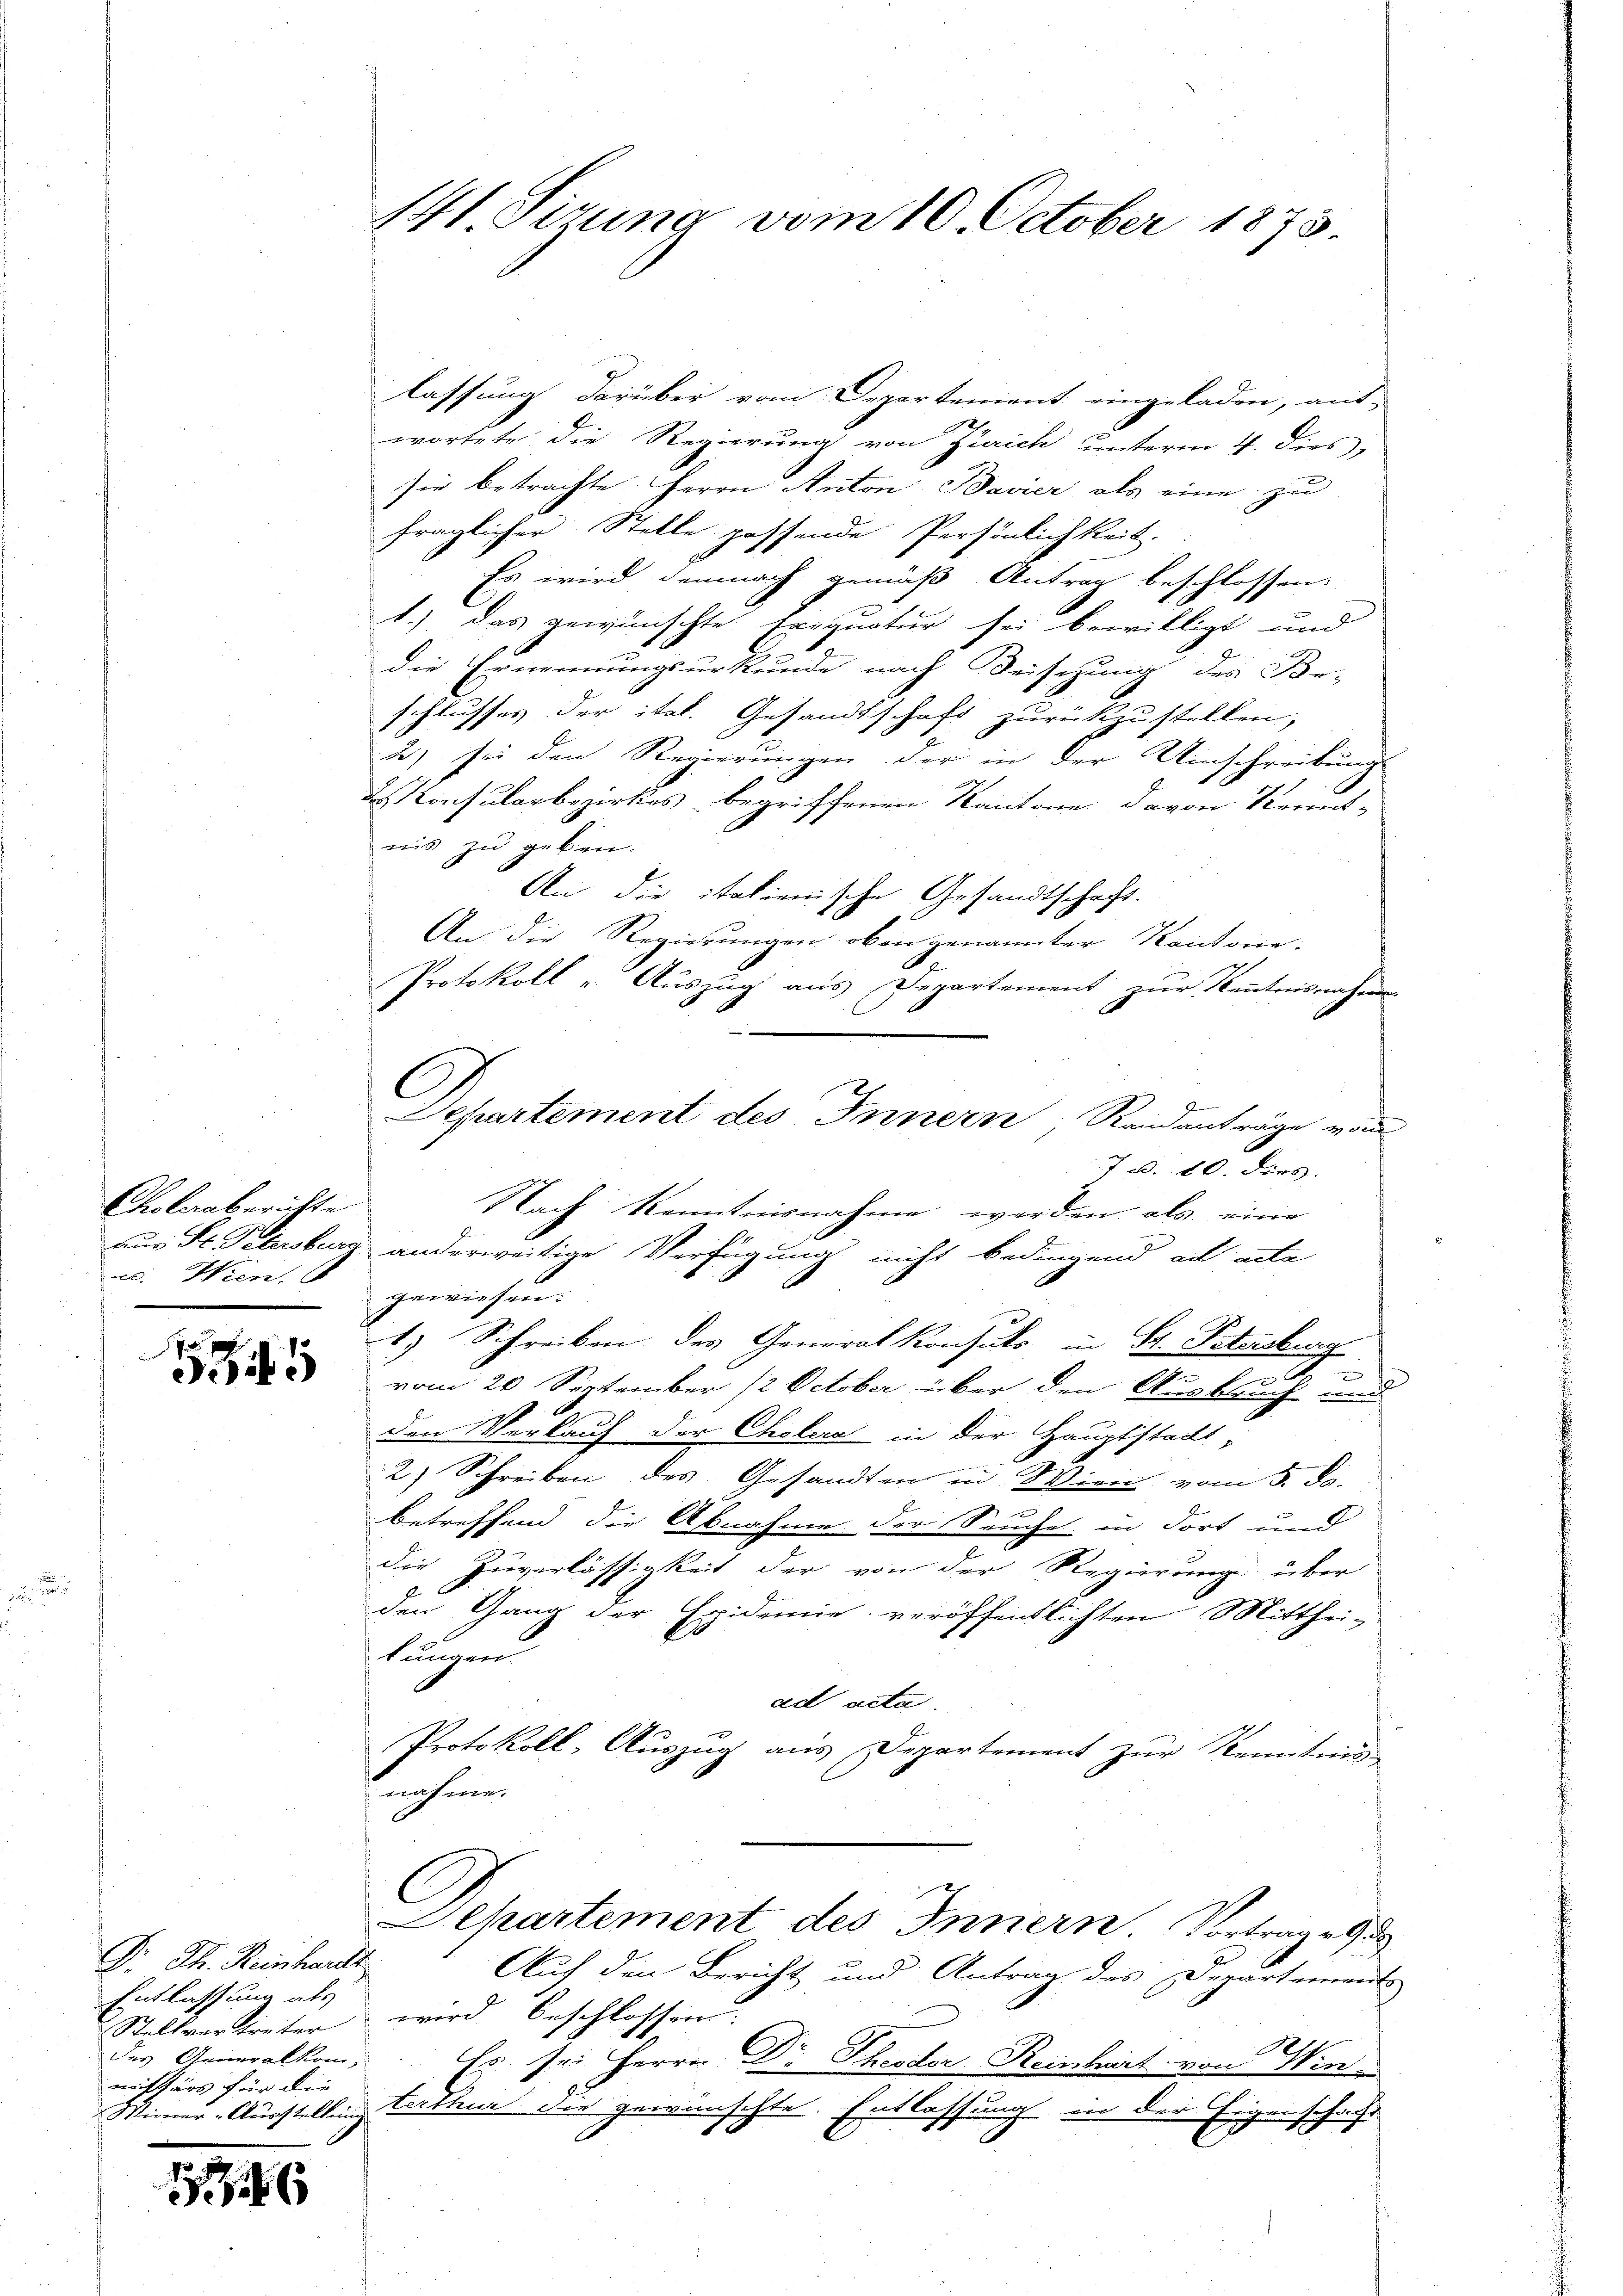
Choleraberichte
c. Wien.

4

Dr. Th. Reinhardt.
Entlassung als
Stellvertreter
des Generalkommissärs für die
Wirerer Ausstellung

16

141 Sirung vom 10. October 1873.

lassung darüber vom Departement eingeladen, aus-
2.
wortete die Regierung von Zürich unterm 4. dies,
sie betrachte. Herrn Anton Bavier als eine zu
fraglicher Stelle passende Persönlichkeit.
Es wird demnach gemäß Antrag beschlossen.
1.) das gewünschte Errquatur sei bewilligt und
die Ernennungsurkunde nach Beisezung des Be-
schlusses der ital. Gesandtschaft zurückzustellen;
2) sei den Regierungen der in der Umschreibung
das Consularbezirkes begriffenen Kantone davon Krent-
mis zu geben.
An die italienische Gesandtschaft.
An die Regierungen oben genannter Kantone.
Protokoll - Auszug aus Departement zur Kenntnisnahmen
C
Separtement des Innern, Randanträge von
7. u. 20. dies
Nach Kenntnisnahme werden als eine
8
aus St. Petersburg anderweitige Verfügung nicht bedingend ad acta
gewiesen:
1.) Schreiben des Generalkonsuto in Dr. Peterkung
.
1
vom 20 September 12 October über den Ausbruch und
den Verkauf der Cholera in der Hauptstadt-
2) Schreiben des Gesandten in Wien vom 5. d.
betreffend die Abnahme der Seuche in dort und
die Zuverlässigkeit der von der Regierung über
den Gang der Epidemie veröffentlichten Mitthei-
kungen.
ad acta
Protokoll, Auszug aus Departement zur Kenntnis-
nahmen

Dehartement des Innern Vortrage

Auf den Bericht und Antrag des Departements
wird beschlossen.
Ls. sei Herrn Dr Theodor Reinhart von Win
tectur die gewünschte. Entlassung in der Eigenschafft
1
.